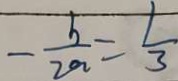
- \frac { b } { 2 a } = \frac { 1 } { 3 }